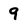
Character: 9